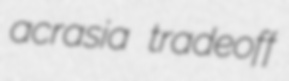
acrasia tradeoff